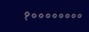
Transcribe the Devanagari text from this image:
१००००००००